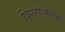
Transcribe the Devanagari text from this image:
विशेषांकाचा